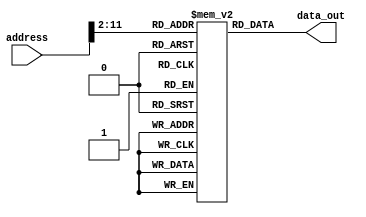
`timescale 1ns / 1ps
//////////////////////////////////////////////////////////////////////////////////
// Company: 
// Engineer: 
// 
// Design Name: 
// Module Name: rom
// Project Name: 
// Target Devices: 
// Tool Versions: 
// Description: 
// 
// Dependencies: 
// 
// Revision:
// Revision 0.01 - File Created
// Additional Comments:
// 
//////////////////////////////////////////////////////////////////////////////////


module rom(
    input [31:0] address,
    output [31:0] data_out
    );
    
    parameter HEX_LINE_MAX = 4096;
    reg[31:0] mem[0:HEX_LINE_MAX - 1];

    // TODO: consider migration of $intructions
    
    // benchmark_ccmb.hex
    initial begin
    mem[0] = 32'h20110001;
    mem[1] = 32'h08000c05;
    mem[2] = 32'h20110001;
    mem[3] = 32'h20120002;
    mem[4] = 32'h20130003;
    mem[5] = 32'h08000c09;
    mem[6] = 32'h20110001;
    mem[7] = 32'h20120002;
    mem[8] = 32'h20130003;
    mem[9] = 32'h08000c0d;
    mem[10] = 32'h20110001;
    mem[11] = 32'h20120002;
    mem[12] = 32'h20130003;
    mem[13] = 32'h08000c11;
    mem[14] = 32'h20110001;
    mem[15] = 32'h20120002;
    mem[16] = 32'h20130003;
    mem[17] = 32'h0c000cbb;
    mem[18] = 32'h20100001;
    mem[19] = 32'h20110001;
    mem[20] = 32'h00118fc0;
    mem[21] = 32'h00112020;
    mem[22] = 32'h20020022;
    mem[23] = 32'h0000000c;
    mem[24] = 32'h00118882;
    mem[25] = 32'h12200001;
    mem[26] = 32'h08000c15;
    mem[27] = 32'h00112020;
    mem[28] = 32'h20020022;
    mem[29] = 32'h0000000c;
    mem[30] = 32'h20110001;
    mem[31] = 32'h00118880;
    mem[32] = 32'h00112020;
    mem[33] = 32'h20020022;
    mem[34] = 32'h0000000c;
    mem[35] = 32'h12200001;
    mem[36] = 32'h08000c1f;
    mem[37] = 32'h20110001;
    mem[38] = 32'h00118fc0;
    mem[39] = 32'h00112020;
    mem[40] = 32'h20020022;
    mem[41] = 32'h0000000c;
    mem[42] = 32'h001188c3;
    mem[43] = 32'h00112020;
    mem[44] = 32'h20020022;
    mem[45] = 32'h0000000c;
    mem[46] = 32'h00118903;
    mem[47] = 32'h00112020;
    mem[48] = 32'h20020022;
    mem[49] = 32'h0000000c;
    mem[50] = 32'h00118903;
    mem[51] = 32'h00112020;
    mem[52] = 32'h20020022;
    mem[53] = 32'h0000000c;
    mem[54] = 32'h00118903;
    mem[55] = 32'h00112020;
    mem[56] = 32'h20020022;
    mem[57] = 32'h0000000c;
    mem[58] = 32'h00118903;
    mem[59] = 32'h00112020;
    mem[60] = 32'h20020022;
    mem[61] = 32'h0000000c;
    mem[62] = 32'h00118903;
    mem[63] = 32'h00112020;
    mem[64] = 32'h20020022;
    mem[65] = 32'h0000000c;
    mem[66] = 32'h00118903;
    mem[67] = 32'h00112020;
    mem[68] = 32'h20020022;
    mem[69] = 32'h0000000c;
    mem[70] = 32'h00118903;
    mem[71] = 32'h00112020;
    mem[72] = 32'h20020022;
    mem[73] = 32'h0000000c;
    mem[74] = 32'h20100001;
    mem[75] = 32'h00109fc0;
    mem[76] = 32'h00139fc3;
    mem[77] = 32'h00008021;
    mem[78] = 32'h2012000c;
    mem[79] = 32'h24160003;
    mem[80] = 32'h26100001;
    mem[81] = 32'h3210000f;
    mem[82] = 32'h20080008;
    mem[83] = 32'h20090001;
    mem[84] = 32'h00139900;
    mem[85] = 32'h02709825;
    mem[86] = 32'h00132020;
    mem[87] = 32'h20020022;
    mem[88] = 32'h0000000c;
    mem[89] = 32'h01094022;
    mem[90] = 32'h1500fff9;
    mem[91] = 32'h22100001;
    mem[92] = 32'h2018000f;
    mem[93] = 32'h02188024;
    mem[94] = 32'h00108700;
    mem[95] = 32'h20080008;
    mem[96] = 32'h20090001;
    mem[97] = 32'h00139902;
    mem[98] = 32'h02709825;
    mem[99] = 32'h00132021;
    mem[100] = 32'h20020022;
    mem[101] = 32'h0000000c;
    mem[102] = 32'h01094022;
    mem[103] = 32'h1500fff9;
    mem[104] = 32'h00108702;
    mem[105] = 32'h02c9b022;
    mem[106] = 32'h12c00001;
    mem[107] = 32'h08000c50;
    mem[108] = 32'h00004020;
    mem[109] = 32'h01084027;
    mem[110] = 32'h00084400;
    mem[111] = 32'h3508ffff;
    mem[112] = 32'h00082021;
    mem[113] = 32'h20020022;
    mem[114] = 32'h0000000c;
    mem[115] = 32'h2010ffff;
    mem[116] = 32'h20110000;
    mem[117] = 32'hae300000;
    mem[118] = 32'h22100001;
    mem[119] = 32'h22310004;
    mem[120] = 32'hae300000;
    mem[121] = 32'h22100001;
    mem[122] = 32'h22310004;
    mem[123] = 32'hae300000;
    mem[124] = 32'h22100001;
    mem[125] = 32'h22310004;
    mem[126] = 32'hae300000;
    mem[127] = 32'h22100001;
    mem[128] = 32'h22310004;
    mem[129] = 32'hae300000;
    mem[130] = 32'h22100001;
    mem[131] = 32'h22310004;
    mem[132] = 32'hae300000;
    mem[133] = 32'h22100001;
    mem[134] = 32'h22310004;
    mem[135] = 32'hae300000;
    mem[136] = 32'h22100001;
    mem[137] = 32'h22310004;
    mem[138] = 32'hae300000;
    mem[139] = 32'h22100001;
    mem[140] = 32'h22310004;
    mem[141] = 32'hae300000;
    mem[142] = 32'h22100001;
    mem[143] = 32'h22310004;
    mem[144] = 32'hae300000;
    mem[145] = 32'h22100001;
    mem[146] = 32'h22310004;
    mem[147] = 32'hae300000;
    mem[148] = 32'h22100001;
    mem[149] = 32'h22310004;
    mem[150] = 32'hae300000;
    mem[151] = 32'h22100001;
    mem[152] = 32'h22310004;
    mem[153] = 32'hae300000;
    mem[154] = 32'h22100001;
    mem[155] = 32'h22310004;
    mem[156] = 32'hae300000;
    mem[157] = 32'h22100001;
    mem[158] = 32'h22310004;
    mem[159] = 32'hae300000;
    mem[160] = 32'h22100001;
    mem[161] = 32'h22310004;
    mem[162] = 32'hae300000;
    mem[163] = 32'h22100001;
    mem[164] = 32'h22310004;
    mem[165] = 32'h22100001;
    mem[166] = 32'h00008020;
    mem[167] = 32'h2011003c;
    mem[168] = 32'h8e130000;
    mem[169] = 32'h8e340000;
    mem[170] = 32'h0274402a;
    mem[171] = 32'h11000002;
    mem[172] = 32'hae330000;
    mem[173] = 32'hae140000;
    mem[174] = 32'h2231fffc;
    mem[175] = 32'h1611fff8;
    mem[176] = 32'h00102020;
    mem[177] = 32'h20020022;
    mem[178] = 32'h0000000c;
    mem[179] = 32'h22100004;
    mem[180] = 32'h2011003c;
    mem[181] = 32'h1611fff2;
    mem[182] = 32'h20020032;
    mem[183] = 32'h0000000c;
    mem[184] = 32'h08000c00;
    mem[185] = 32'h2002000a;
    mem[186] = 32'h0000000c;
    mem[187] = 32'h20100000;
    mem[188] = 32'h22100001;
    mem[189] = 32'h00102020;
    mem[190] = 32'h20020022;
    mem[191] = 32'h0000000c;
    mem[192] = 32'h22100002;
    mem[193] = 32'h00102020;
    mem[194] = 32'h20020022;
    mem[195] = 32'h0000000c;
    mem[196] = 32'h22100003;
    mem[197] = 32'h00102020;
    mem[198] = 32'h20020022;
    mem[199] = 32'h0000000c;
    mem[200] = 32'h22100004;
    mem[201] = 32'h00102020;
    mem[202] = 32'h20020022;
    mem[203] = 32'h0000000c;
    mem[204] = 32'h22100005;
    mem[205] = 32'h00102020;
    mem[206] = 32'h20020022;
    mem[207] = 32'h0000000c;
    mem[208] = 32'h22100006;
    mem[209] = 32'h00102020;
    mem[210] = 32'h20020022;
    mem[211] = 32'h0000000c;
    mem[212] = 32'h22100007;
    mem[213] = 32'h00102020;
    mem[214] = 32'h20020022;
    mem[215] = 32'h0000000c;
    mem[216] = 32'h22100008;
    mem[217] = 32'h00102020;
    mem[218] = 32'h20020022;
    mem[219] = 32'h20020022;
    mem[220] = 32'h0000000c;
    mem[221] = 32'h03e00008;
    end

    assign data_out = mem[address[11:2]];
endmodule